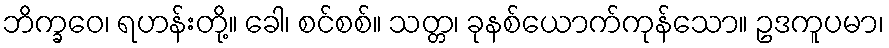
ဘိက္ခဝေ၊ ရဟန်းတို့။ ခေါ၊ စင်စစ်။ သတ္တ၊ ခုနစ်ယောက်ကုန်သော။ ဥဒကူပမာ၊